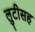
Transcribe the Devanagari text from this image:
लुटीसह